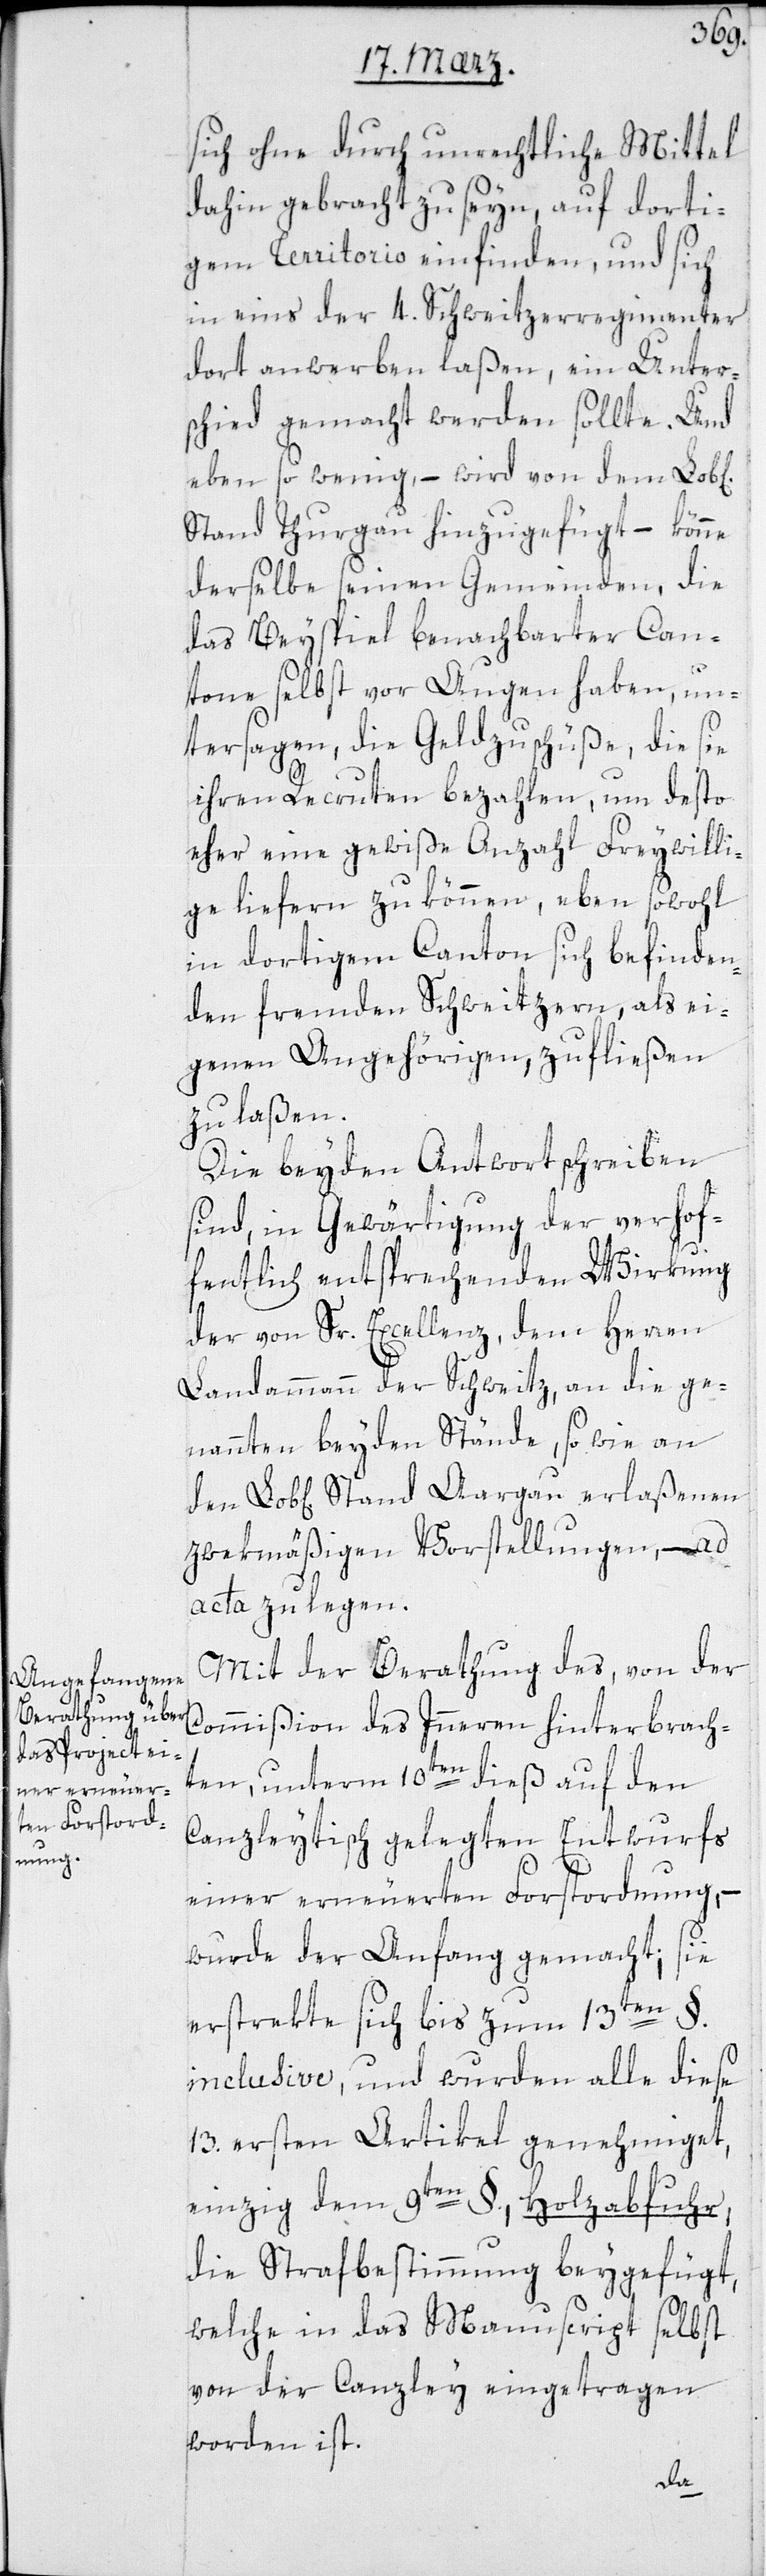
sich ohne durch unrechtliche Mittel
dahin gebracht zu seyn, auf dorti¬
gem Territorio einfinden, und sich
in eines der 4. Schweitzerregimenter
dort anwerben laßen, ein Unter¬
schied gemacht werden sollte. Und
eben so wenig, – wird von dem Lob[li¬
Stand Thurgau hinzugefügt, – könne
derselbe seinen Gemeinden, die
das Beyspiel benachbarter Can¬
tone selbst vor Augen haben, un¬
tersagen, die Geldzuschüße, die sie
ihren Recruten bezahlen, um desto
eher eine gewiße Anzahl Freywilli¬
ge liefern zu können, eben sowohl
in dortigem Canton sich befinden¬
den fremden Schweitzern, als ei¬
genen Angehörigen, zufließen
zu laßen.
Die beyden Antwortschreiben
sind, in Gewärtigung der verhof¬
fentlich entsprechenden Wirkung
der von Sr. Excellenz dem Herren
Landammann der Schweitz, an die ge¬
nannten beyden Stände, sowie an
hen] Stand Aargau erlaßenen
zwekmäßigen Vorstellungen, – ad
acta zu legen.
Mit der Berathung des, von der
Commißion des Innern hinterbrach¬
ten, unterm 10ten dieß auf den
Canzleytisch gelegten Entwurfs
einer erneuerten Forstordnung, –
wurde der Anfang gemacht; sie
erstrekte sich bis zum 13ten §.
inclusive, und wurden alle diese
13. ersten Artikel genehmiget,
einzig dem 9ten §. Holzabfuhr,
die Strafbestimmung beigefügt,
welche in das Manuscript selbst
von der Canzley eingetragen
worden ist.
b[lic¬